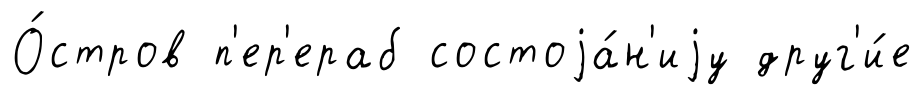
О́стров п'ер'ераб состоjа́н'иjу друг'и́е